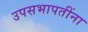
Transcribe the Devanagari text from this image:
उपसभापतींना